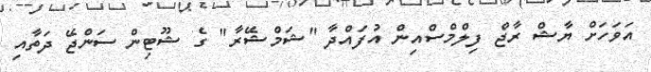
އަވަހަށް ޔާޝް ރާޖް ފިލްމްސްއިން އުފައްދާ "ޝަމްޝޭރާ" ގެ ޝޫޓިން ސަންޖޭ ދަތާއި